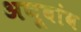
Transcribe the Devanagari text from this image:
अणूबांब